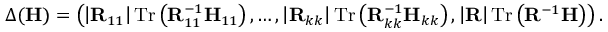
\boldsymbol { \Delta } ( \mathbf { H } ) = \left( \left| \mathbf { R } _ { 1 1 } \right| \mathrm { T r } \left( \mathbf { R } _ { 1 1 } ^ { - 1 } \mathbf { H } _ { 1 1 } \right) , \dots , \left| \mathbf { R } _ { k k } \right| \mathrm { T r } \left( \mathbf { R } _ { k k } ^ { - 1 } \mathbf { H } _ { k k } \right) , \left| \mathbf { R } \right| \mathrm { T r } \left( \mathbf { R } ^ { - 1 } \mathbf { H } \right) \right) .